Leaving Certificate Examination, 1923
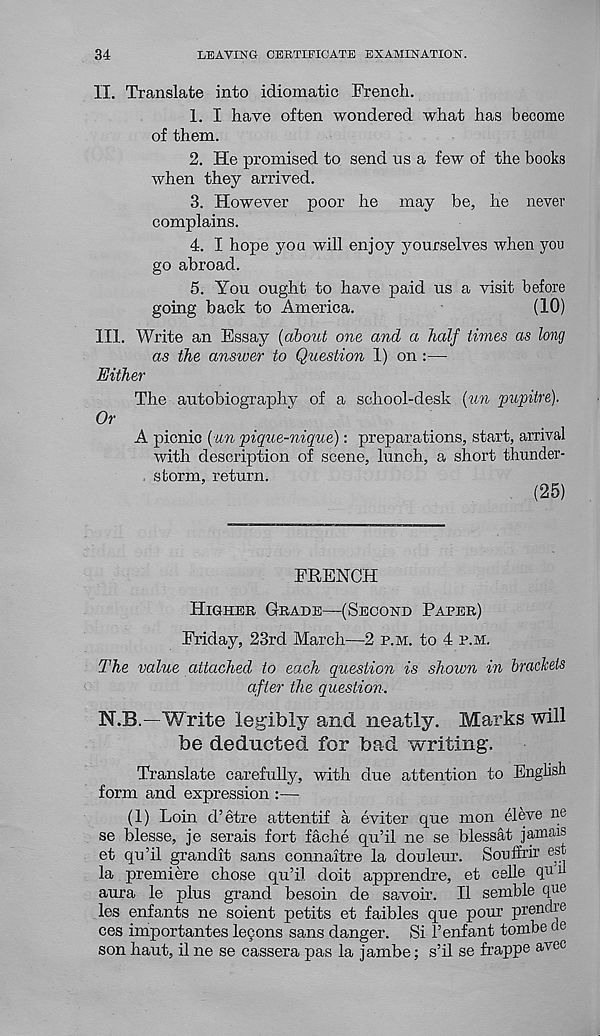
34
LEAVING CERTIFICATE EXAMINATION.
II. Translate into idiomatic French.
1. I have often wondered what has become
of them.
2. He promised to send us a few of the books
when they arrived.
3. However poor he may be, he never
complains.
4. I hope you will enjoy yourselves when yon
go abroad.
5. You ought to have paid us a visit before
going back to America.
(10)
III. Write an Essay {about one and a half times as long
as the answer to Question 1) on :—
Either
The autobiography of a school-desk {un pupitre).
Or
A picnic (un pique-nique): preparations, start, arrival
with description of scene, lunch, a short thunder-
. storm, return.
(25)
FRENCH
Higher Grade—(Second Paper)
Friday, 23rd March—2 p.m. to 4 p.m.
The value attached to each question is shown in brackets
after the question.
N.B.—Write legibly and neatly. Marks will
be deducted for bad writing.
Translate carefully, with due attention to English
form and expression :—
(1) Loin d’etre attentif a eviter que mon el eve ne
se blesse, je serais fort fache qu’il ne se blessat jamais
et qu’il grandit sans connaitre la douleur. Souffrir est
la premiere chose qu’il doit apprendre, et celle qu'u
aura le plus grand besoin de savoir. II semble cfae
les enfants ne soient petits et faibles que pour prendre
ces importantes lecons sans danger. Si 1’enfant tombe de
son haut, il ne se cassera pas la jambe; s’il se frapp© avec